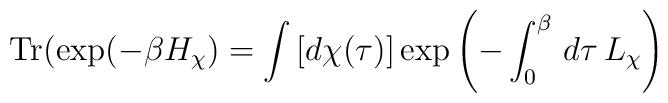
{\rm Tr}(\exp(-\beta H_{\chi})=\int\, [d\chi(\tau)]\exp\left(-\int_{0}^{\beta} \, d\tau\, L_{\chi}\right)